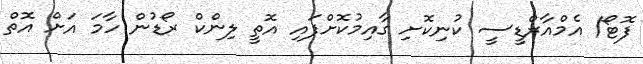
ފޮޓޯ/ އެމްއާރްޑީސީ ކުނިކޮށި ގާއިމުކޮށްފައި އޮތީ ލިންކް ރޯޑުން ހާމަ އަށް އޮތް